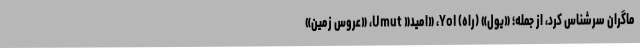
ماگران سرشناس کُرد، از جمله؛ «یول» (راه) Yol، «امید« Umut، «عروس زمین»